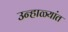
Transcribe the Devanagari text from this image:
उन्हाळ्यांत